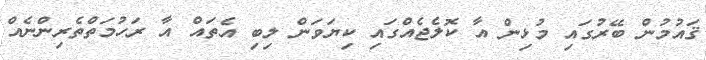
ޤައުމުން ބޭރުގައި މުޅިން އާ ކޮލެޖެއްގައި ކިޔަވަން ލިބި އެތައް އާ ރަހުމަތްތެރިންނެއް